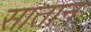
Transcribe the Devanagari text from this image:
सातान